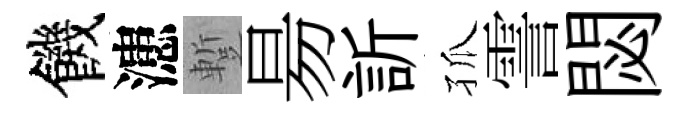
饑漶蹔昜訢孤霅閟